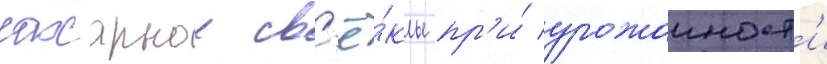
сахарнои св'ё́клы пр'и́ урожаиност'и